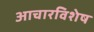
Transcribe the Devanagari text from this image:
आचारविशेष